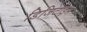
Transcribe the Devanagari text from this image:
डिजिटाइस